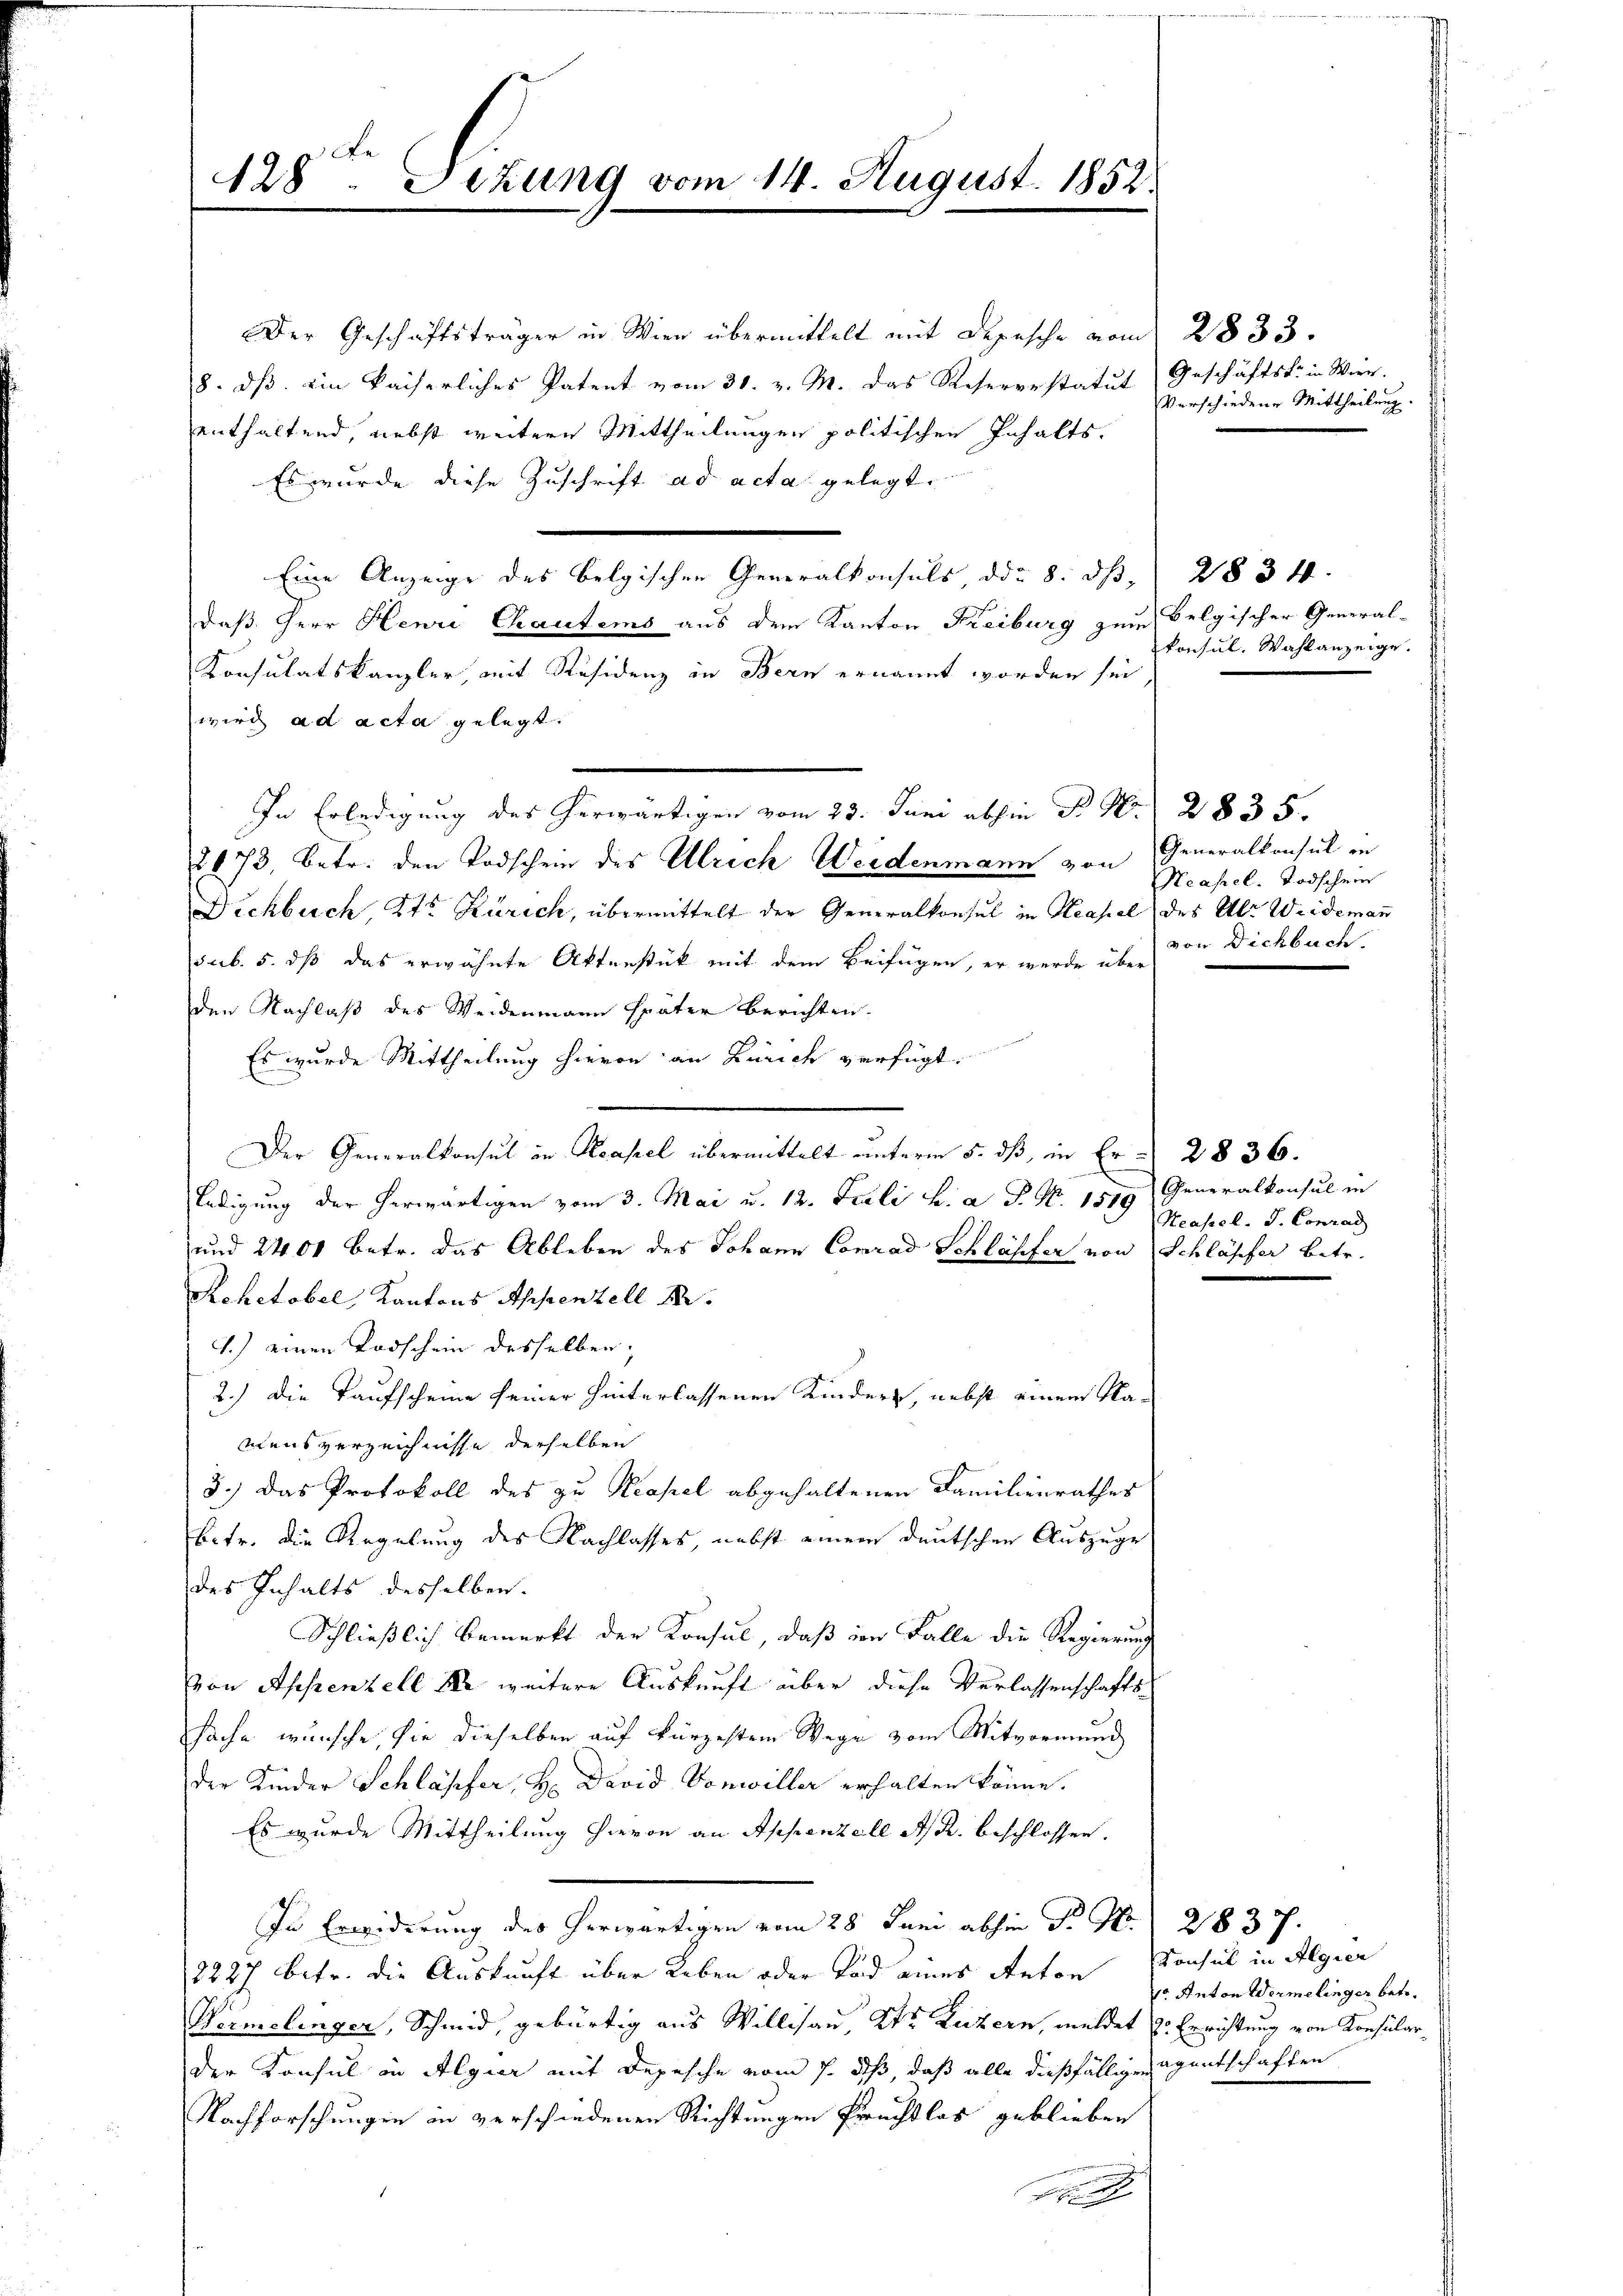
128ten Sizung vom 14. August 1852.

8. dβ ein kaiserliches Patent vom 30. v. M. das Reserrestatut (Geschäftst in Wien.
enthaltend, nebst weitere Mittheilungen politischen Inhalts.
Es wurde diese Zuschrift ad acta gelegt.
Eine Anzeige des belgischen Generalkonsuls, den 8. dß, 2834.
daß Herr Henri Chautems aus dem Kanton Kreiburg zum Belgischer General-
Konsulatskanzler, mit Residenz in Bern ernannt worden sei,
wird ad acta gelegt.
3
2073, betr. den Todschein des Ulrich Weidenmann von
Dickbuch, Kt. Zürich, übermittelt der Generalkonsul in Neapel des Al. Weidemann
sub. 5. dß das erwähnte Aktenstück mit dem Beifügen, er werde über
den Nachlaß des Weidenmann später Berichten.
Es wurde Mittheilung hievon an Zürich verfügt:
Der Generalkonsul in Recassel übermittelt unterm 5. dß, in Er - 2836.
ledigung der herwärtigen vom 3. Mai u. 12. Pauli h. a. P. Nr. 1519
und 2400 betr. das Ableben des Johann Conrad Schläpfer von Schläpfer betr.
Rohetobel, Kantons Appenzell 14.
1.) einen Todschein desselben,
2.) Die Taufscheine seiner hinterlassenen Kindere, nebst einem Na-
mensverzeichnisse derselben
8.) Das Protokoll des zu Neapel abgehaltenen Familienrathes
betr. die Regelung des Nachlasses, nebst einem deutschen Auszuge
des Inhalts desselben.
Schließlich bemerkt der Konsul, daß von Falle die Regierung
von Appenzell so weitere Auskunft über diese Verlassenschafts-
sache wünsche, sie dieselben auf kürzestem Wege vom Mitvormund
der Kinder Schläpfer, H. David Vonwiller erhalten könne.
Es wurde Mittheilung hievon an Appenzell A. R. beschlossen.
In Erwiderung des herwärtigen vom 28. Juni abhin P. Nr. 21837.
12227 betr. die Auskunft über Leben oder Tod eines Anton Konsul in Algien
Wermelinger, Schmid, gebürtig aus Willisau Str. Luzern, meldet zu Errichtung von Konsularder Konsul in Algier mit Depesche vom 1. daß, daß alle dießfälligen Agentschaften
Nachforschungen in verschiedenen Richtungen Prechtlos geblieben
w

Der Geschäftsträger in Wien übermittelt mit Depesche vom 2833.

In Erledigung des herwärtigen vom 23. Juni abhin P. Nr. 2835.

konsul. Wahlanzeige.

Generalkonsul in
Heasel, Todschen
von Dichbuch.

Generalkonsul in
Neapel. J. Conrad

Verschiedene Mittheilung.

vo. Anton Wermelinger betr.